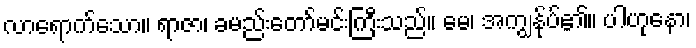
လာရောက်သော။ ရာဇာ၊ ခမည်းတော်မင်းကြီးသည်။ မေ၊ အကျွန်ုပ်၏။ ပါဟုနော၊